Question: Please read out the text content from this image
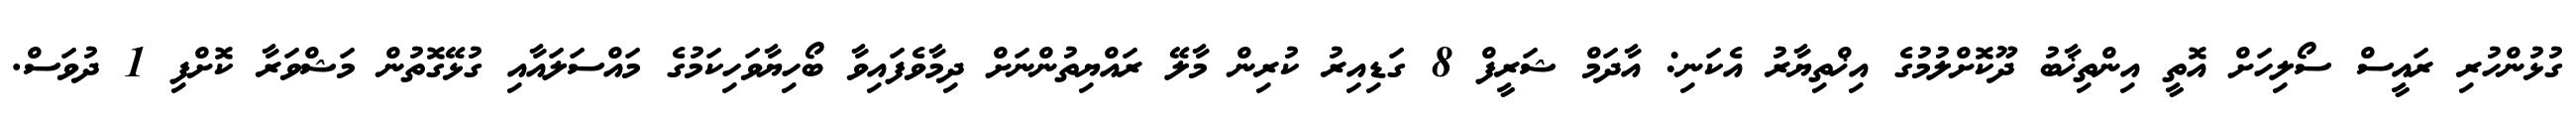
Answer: ގުޅުންހުރި ރައީސް ސޯލިހަށް އޮތީ އިންތިޚާބު ދޫކޮށްލުމުގެ އިޚްތިޔާރު އެކަނި: އާދަމް ޝަރީފް 8 ގަޑިއިރު ކުރިން މާލޭ ރައްޔިތުންނަށް ދިމާވެފައިވާ ބޯހިޔާވަހިކަމުގެ މައްސަލައާއި ގުޅޭގޮތުން މަޝްވަރާ ކޮށްފި 1 ދުވަސް.